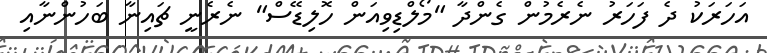
އަހަރަކު ދެ ފަހަރު ނެރެމުން ގެންދާ "މޯލްޑިވިއަން ހޮލިޑޭސް" ނެރެނީ ޗައިނާ ބަހުންނާއި